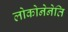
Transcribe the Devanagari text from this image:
लोकोनेनेति